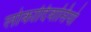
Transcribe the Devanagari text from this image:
लोकादिवासियो